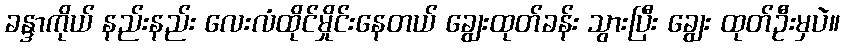
ခန္ဒာကိုယ် နည်းနည်း လေးလံထိုင်မှိုင်းနေတယ် ချွေးထုတ်ခန်း သွားပြီး ချွေး ထုတ်ဦးမှပဲ။